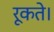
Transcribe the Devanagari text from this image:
रूकते।